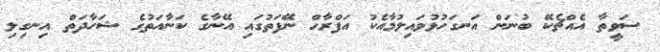
ސަވީތާ އެއްޗެކޭ ބުނަން އަނގަހުޅުވައިލުމާއެކު އަފްރާޙް ނޭފަތުގައި އޭނާގެ ކަނާއަތުގެ ޝަހާދަތް އިނގިލި